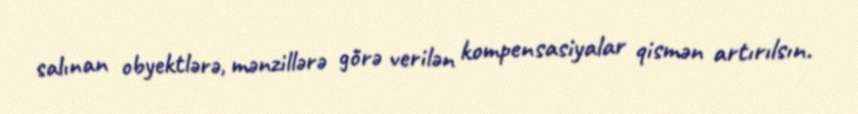
salınan obyektlərə, mənzillərə görə verilən kompensasiyalar qismən artırılsın.